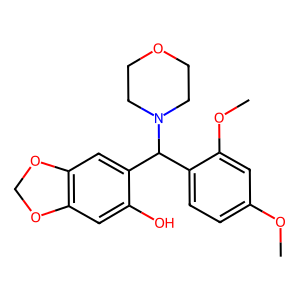
SMILES: COc1ccc(C(c2cc3c(cc2O)OCO3)N2CCOCC2)c(OC)c1
Inhibits HIV replication: No